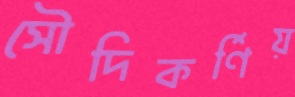
সৌদিকর্ণিয়